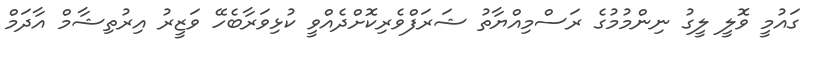
ގައުމީ ވޮލީ ލީގު ނިންމުމުގެ ރަސްމިއްޔާތު ޝަރަފްވެރިކޮށްދެއްވީ ކުޅިވަރާބެހޭ ވަޒީރު އިރުތިޝާމް އާދަމް